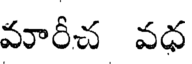
మారీచ వధ